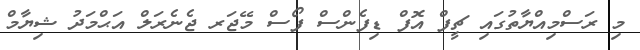
މި ރަސްމިއްޔާތުގައި ޗީފް އޮފް ޑިފެންސް ފޯސް މޭޖަރ ޖެނެރަލް އަޙްމަދު ޝިޔާމް